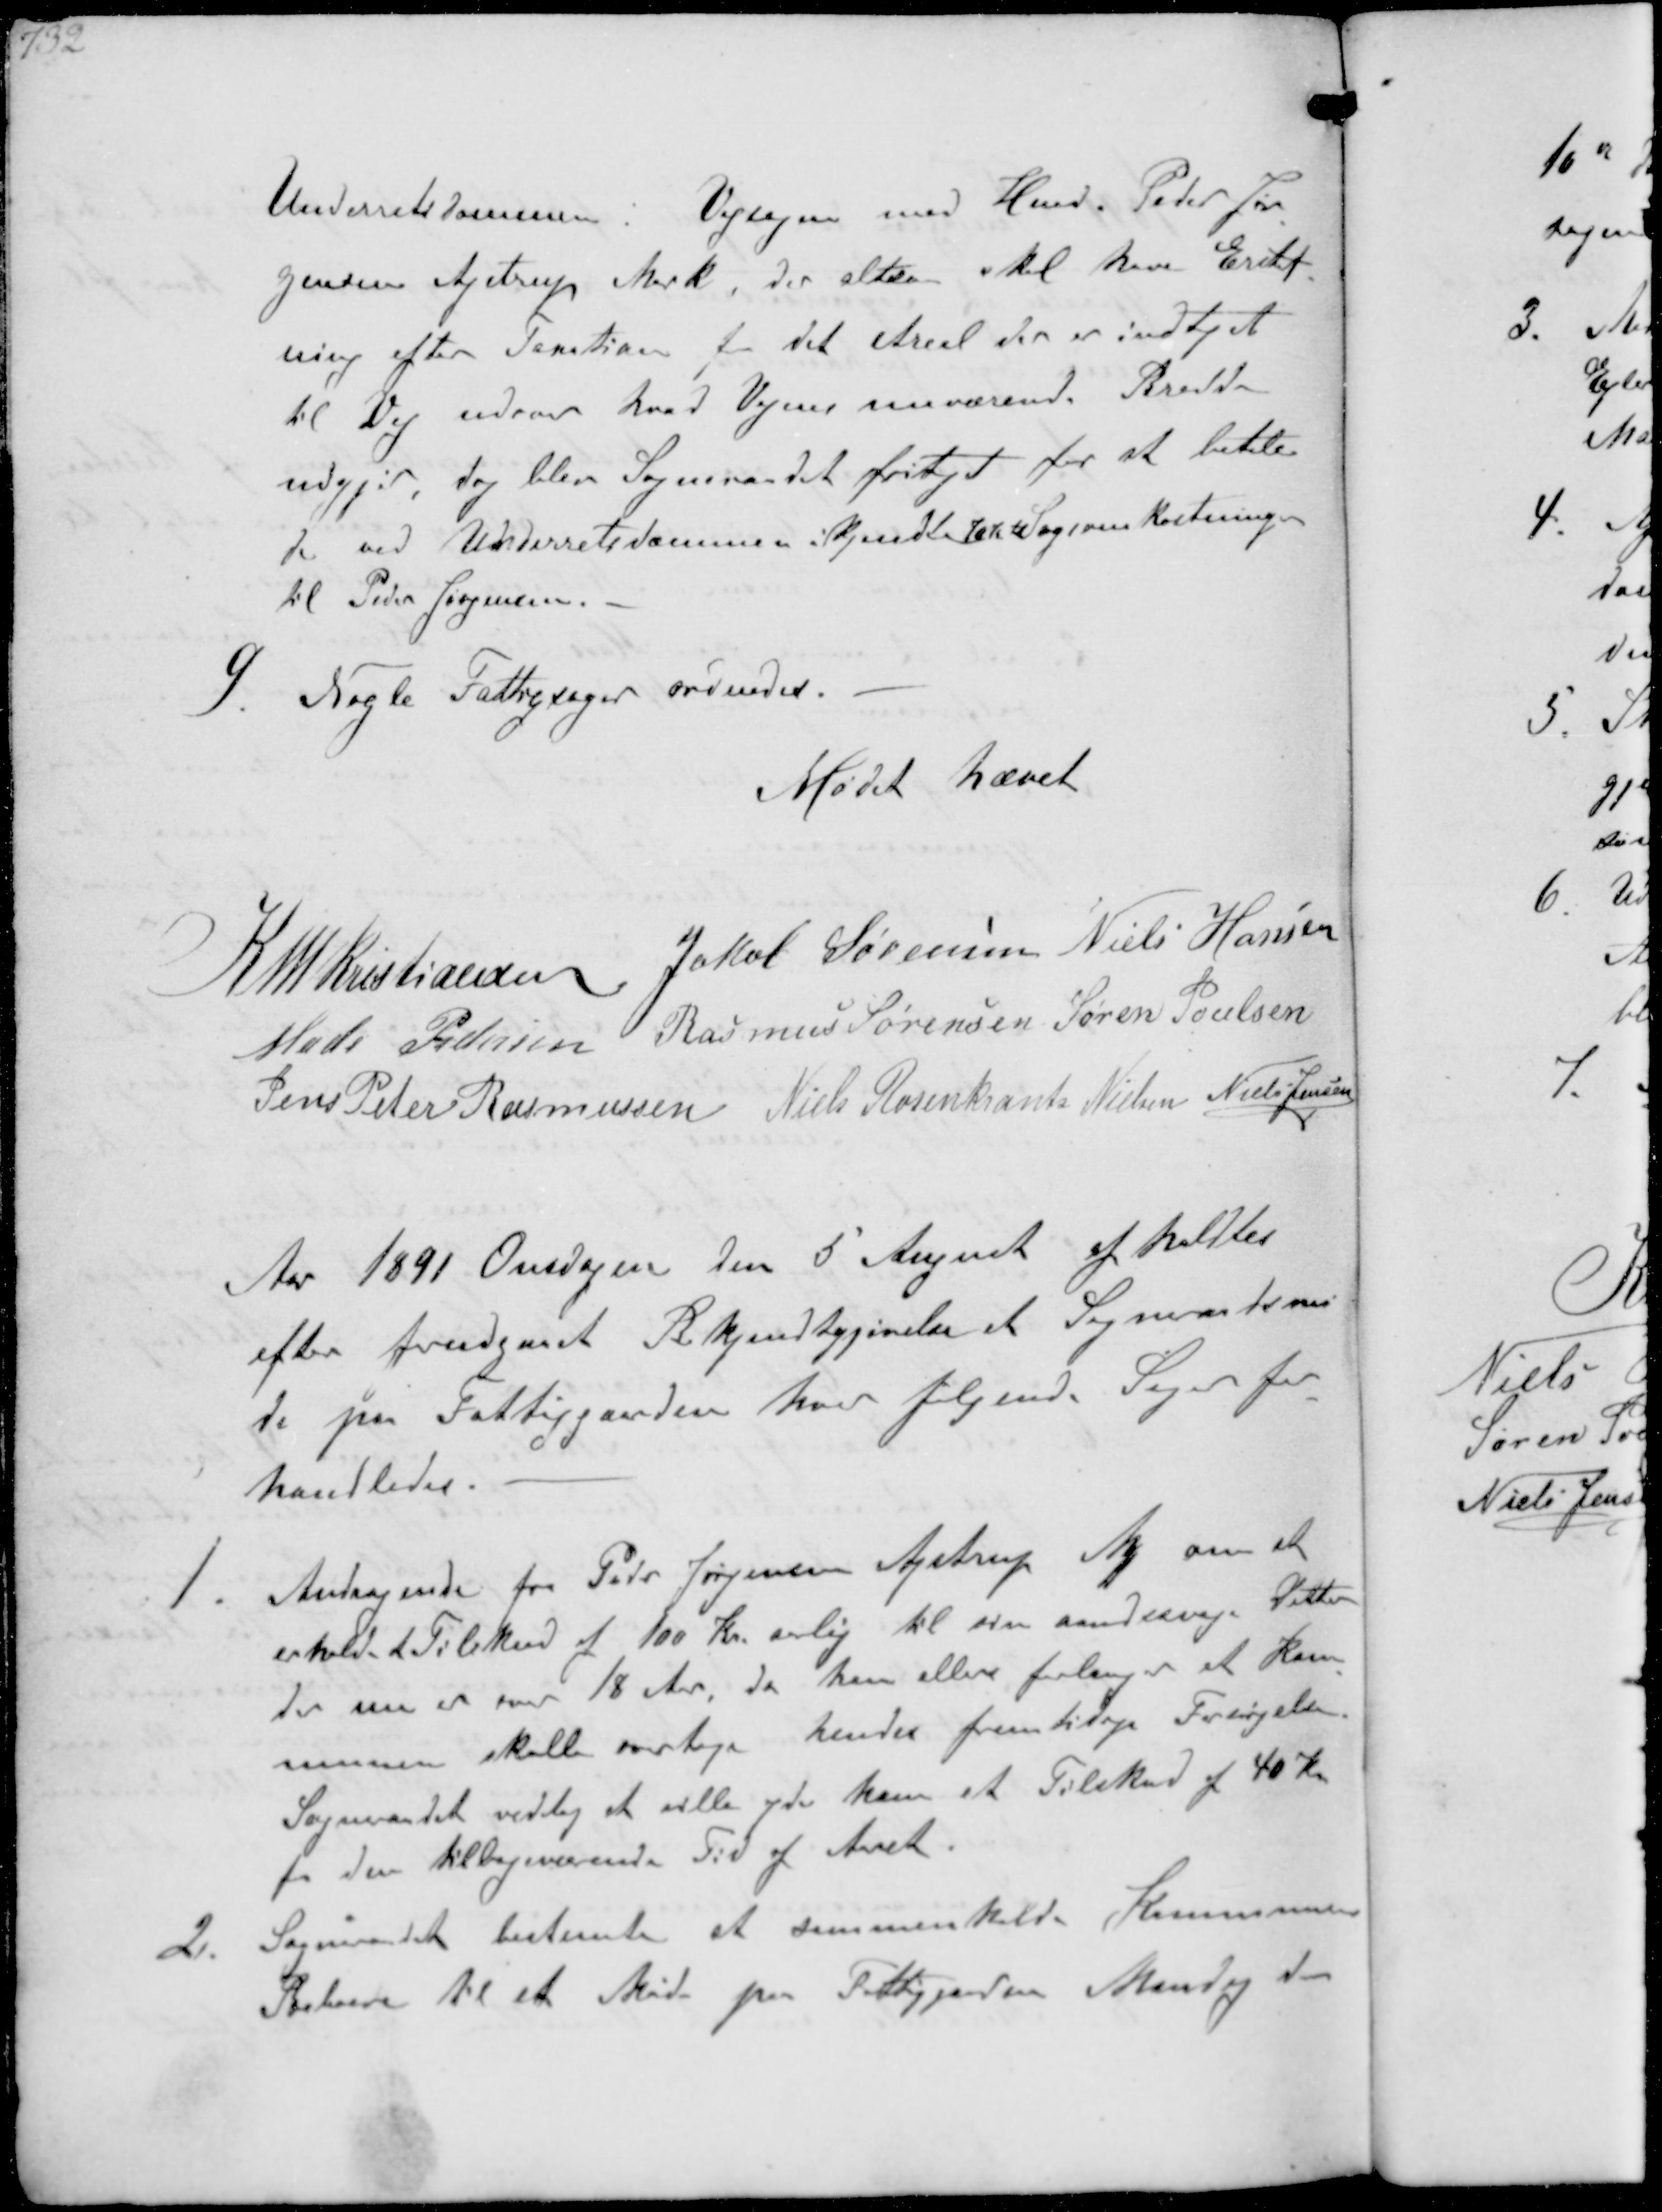
Transskription:
Underretsdommen i Vejsagen mod Hmd. Peder Jør-
gensen Ajstrup Mark, der altsa skal have Erstat-
ning efter Taxation for det areal der er indtaget
til Vej udover hvad Vejens nuværende Bredde
udgjør dog blev Sogneraadet fritaget for at betale
de ved Underretsdommen ikjendte 70 Kr. til Sagsomkostninger
til Peder Jørgensen.

9. Nogle Fattigsager ordnedes

Mødet hævet

K N M Kristiansen Jakob Sørensen Niels Hansen
Mads Pedersen Rasmus Sørensen Søren Poulsen
Jens Peter Rasmussen Niels Rosenkrands Nielsen Niels Jensen

Aar 1891 Onsdagen den 5 August afholdtes
efter forudgaaet Bekjendtgjøvelse et Sogneraadsmø-
de paa Fattiggaarden hvor følgende Sager for-
handledes.
1
Andragende fra Peter Jørgensen Ajstrup M om at
erholde et Tilskud af 100 Kr aarlig til sin aandsvage Datter
der nu er over 18 Aar. da han ellers forlanger at Kom-
munen skulle overtage hendes fremtidige Forsørgelse.
Sogneraadet vedtog at vlle yde kam et Tilskud af 40 Kr
for den tilbageværende Tid af Aaret.
2.
Sogneraadet bestemte at sammenkalde Kommunens
Beboere til et Møde paa Fattggaden Mandag den